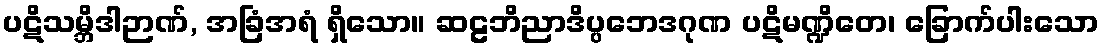
ပဋိသမ္ဘိဒါဉာဏ်, အခြံအရံ ရှိသော။ ဆဠဘိညာဒိပ္ပဘေဒဂုဏ ပဋိမဏ္ဍိတေ၊ ခြောက်ပါးသော